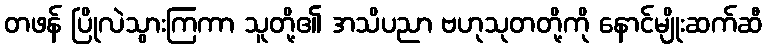
တဖန် ပြိုလဲသွားကြကာ သူတို့၏ အသိပညာ ဗဟုသုတတို့ကို နောင်မျိုးဆက်ဆီ